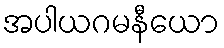
အပါယဂမနီယော